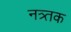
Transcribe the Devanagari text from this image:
नत्र्तक